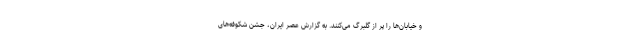
و خیابان‌ها را پر از گلبرگ‌ می‌کنند. به گزارش عصر ایران، جشن شکوفه‌های